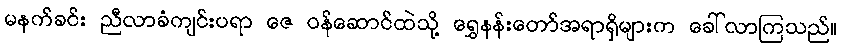
မနက်ခင်း ညီလာခံကျင်းပရာ ဇေ ဝန်ဆောင်ထဲသို့ ရွှေနန်းတော်အရာရှိများက ခေါ်လာကြသည်။